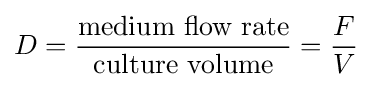
D={\frac {\text{medium flow rate}}{\text{culture volume}}}={\frac {F}{V}}